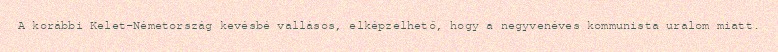
A korábbi Kelet-Németország kevésbé vallásos, elképzelhető, hogy a negyvenéves kommunista uralom miatt.